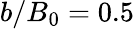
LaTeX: b/B_{0}=0.5